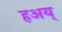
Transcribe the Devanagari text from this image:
हअय्